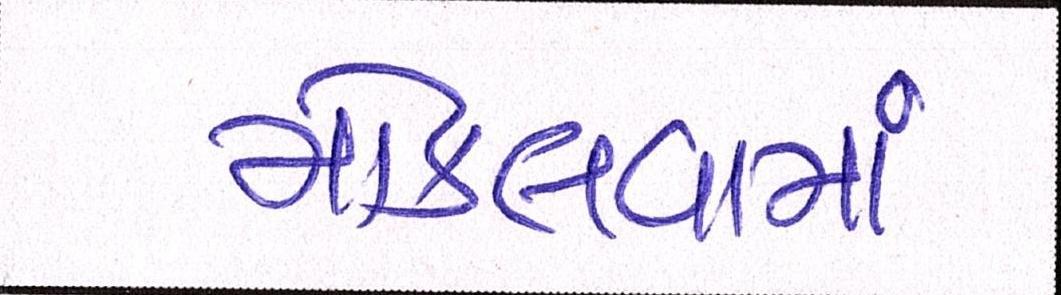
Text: મોકલવામાં